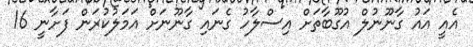
އެއީ އައު ގާނޫނުލް އުގޫބާތަށް އިސްލާހު ގެނައި ގާނޫނަށް އަމަލުކުރަން ފަށާނީ 16